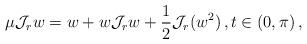
LaTeX: \begin{align*}\mu \mathcal J_r w = w + w \mathcal J_r w + \frac 12 \mathcal J_r (w^2) \, , t\in (0, \pi) \, , \end{align*}